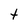
Character: t